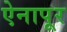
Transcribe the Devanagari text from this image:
ऐनापूर